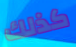
كذلك